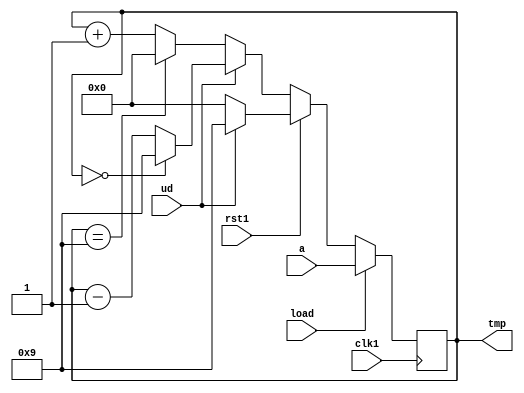

`timescale 1ns / 1ps


module UPDOWN(
    input clk1,
    input rst1,
    input load,
    input ud,
    input [3:0] a,
    output reg [3:0] tmp=0
    );
   
    always@(posedge clk1)
    begin
    if(load)
       begin 
       tmp=a;
       end
     else
     begin 
        if(rst1)
            begin
                if(ud)// 0 is up,  1 is down
                tmp<= 4'd9;
                else
                tmp<= 4'd0;    
             end                
        else
            begin
                if(ud)
                    if(tmp==4'd0)
                        tmp <= 4'd9;
                    else    
                        tmp <= tmp-1;
                else
                    if(tmp==4'd9)
                        tmp <= 4'd0;
                    else
                        tmp <= tmp+1;
             end  
        end  
    end
 
 
           
endmodule